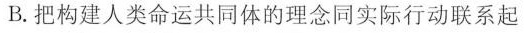
B.把构建人类命运共同体的理念同实际行动联系起